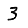
Digit: 3